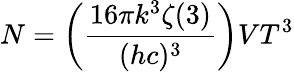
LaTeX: N=\left({\frac{16\pi k^{3}\zeta(3)}{(hc)^{3}}}\right)VT^{3}